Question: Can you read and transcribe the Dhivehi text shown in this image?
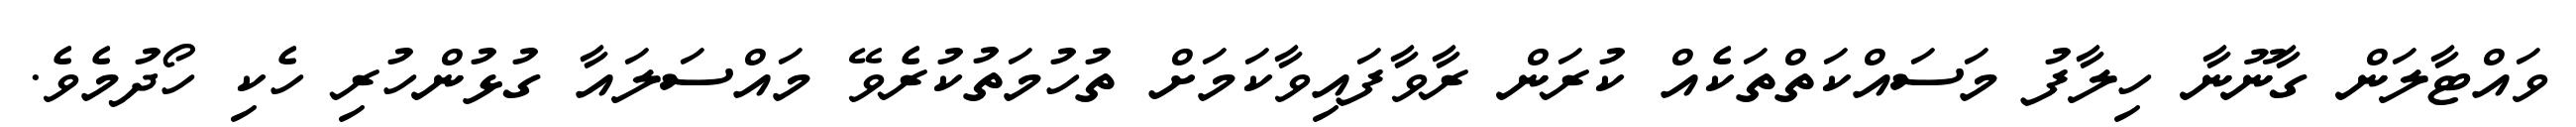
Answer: ވައްޓާލަން ގާނޫނާ ހިލާފު މަސައްކަތްތަކެއް ކުރަން ރާވާފައިވާކަމަށް ތުހުމަތުކުރެވޭ މައްސަލައާ ގުޅުންހުރި ހެކި ހޯދުމެވެ.